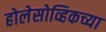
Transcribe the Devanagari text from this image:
होलेसोव्हिकच्या